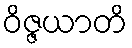
ဝိဇ္ဇယာတိ